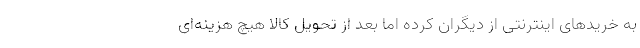
به خریدهای اینترنتی از دیگران کرده اما بعد از تحویل کالا هیچ هزینه‌ای